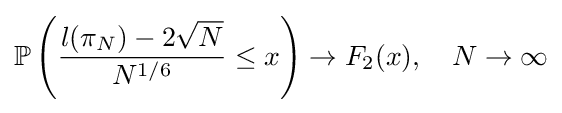
\mathbb {P} \left({\frac {l(\pi _{N})-2{\sqrt {N}}}{N^{1/6}}}\leq x\right)\to F_{2}(x),\quad N\to \infty